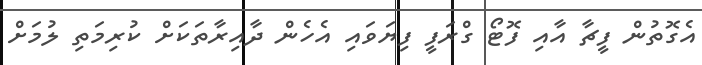
އެގޮތުން ފީޗާ އާއި ފޮޓޯ ގްރަފީ ފިޔަވައި އެހެން ދާއިރާތަކަށް ކުރިމަތި ލުމަށް